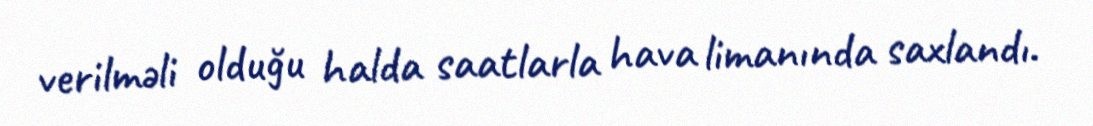
verilməli olduğu halda saatlarla hava limanında saxlandı.